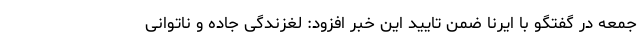
جمعه در گفتگو با ایرنا ضمن تایید این خبر افزود: لغزندگی جاده و ناتوانی